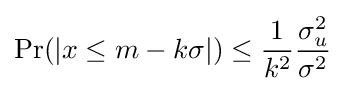
\Pr(|x\leq m-k\sigma |)\leq {\frac {1}{k^{2}}}{\frac {\sigma _{u}^{2}}{\sigma ^{2}}}